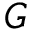
G